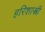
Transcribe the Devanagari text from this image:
हरिशास्त्री